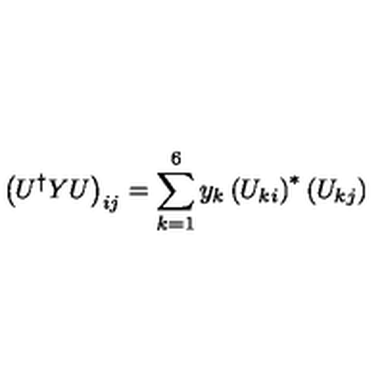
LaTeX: \left( U ^ { \dag } Y U \right) _ { i j } = \sum _ { k = 1 } ^ { 6 } y _ { k } \left( U _ { k i } \right) ^ { * } \left( U _ { k j } \right)